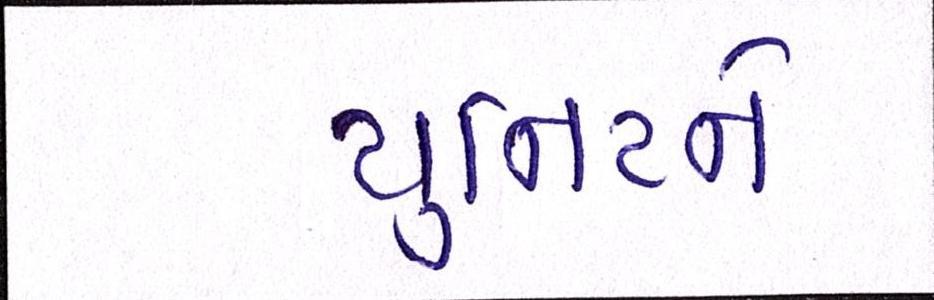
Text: યુનિટને